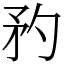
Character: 䂆